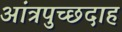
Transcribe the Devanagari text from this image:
आंत्रपुच्छदाह